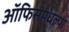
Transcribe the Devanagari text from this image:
ऑफिसमधल्या